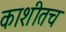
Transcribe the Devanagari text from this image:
काशीतच